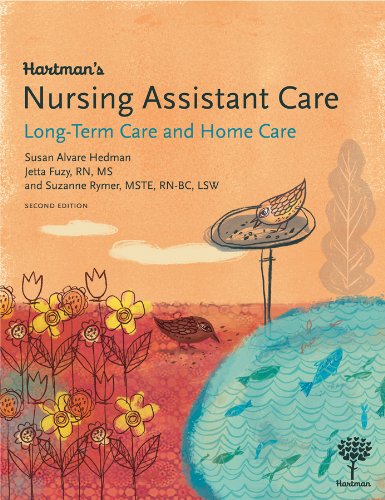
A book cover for Hartman's Nursing Assistant Care: Long-Term Care and Home Health, 2e; Susan Alvare Hedman; Medical Books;